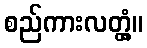
စည်ကားလတ္တံ့။